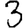
Digit: 3